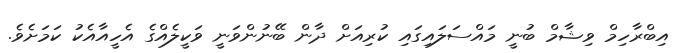
އިބްރާހިމް ވިޝާމް ބުނީ މައްސަލައިގައި ކުރިއަށް ދާން ބޭނުންވަނީ ވަކީލެއްގެ އެހީއާއެކު ކަމަށެވެ.